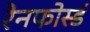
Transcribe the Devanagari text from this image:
रेनफोर्स्ड